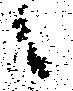
候